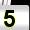
Digit: 5